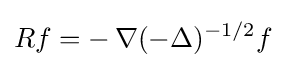
Rf=-\,\nabla (-\Delta )^{-1/2}f